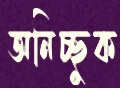
অনিচ্ছুক